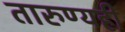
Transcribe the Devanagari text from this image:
तारुण्यही